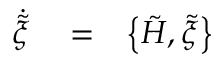
\begin{array} { r l r } { \dot { \tilde { \xi } } } & { { } = } & { \left\{ \tilde { H } , \tilde { \xi } \right\} } \end{array}